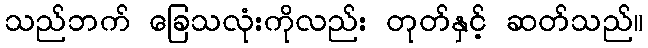
သည်ဘက် ခြေသလုံးကိုလည်း တုတ်နှင့် ဆတ်သည်။